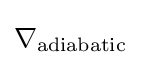
\nabla _{\text{adiabatic}}